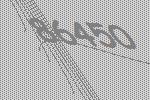
86450